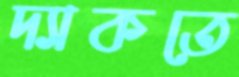
দ্যাকতে